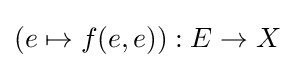
(e\mapsto f(e,e)):E\to X